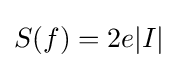
S(f)=2e\vert I\vert \